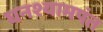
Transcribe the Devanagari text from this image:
घनश्यामपंत